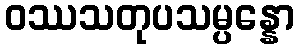
ဝဿသတုပသမ္ပန္နော